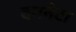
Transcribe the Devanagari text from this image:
बमनेटा